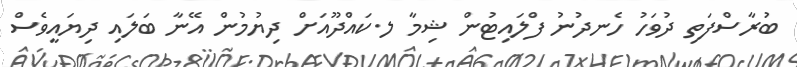
ބުރާސްފަތި ދުވަހު ހެނދުނު ފްލައިޓުން ޝިމާ ލ.ކައްދޫއަށް ދިޔުމުން އޭނާ ބަލައި ދިޔައީވެސް